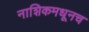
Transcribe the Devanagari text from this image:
नाशिकमधूनच